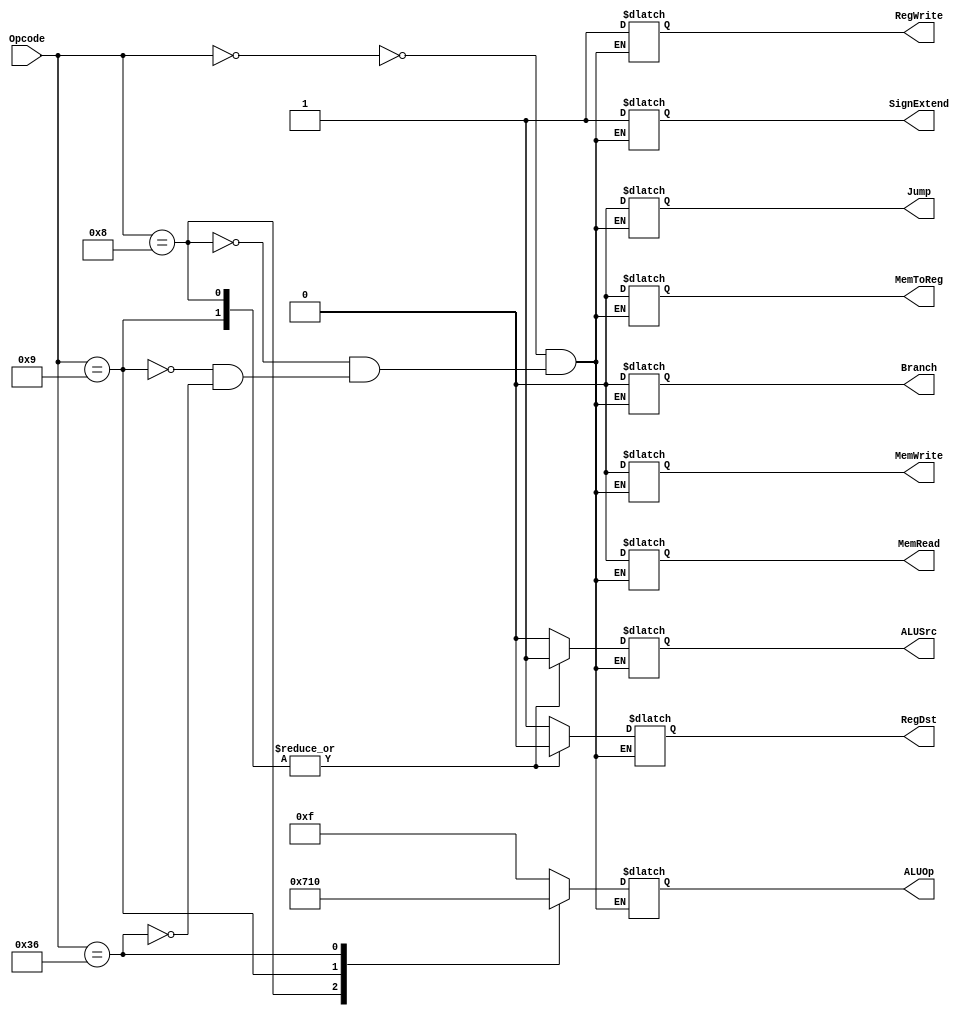
//Alan Achtenberg
//Project 2
//Processor Control Unit

`define OPCODE_ADD     6'b000000
`define OPCODE_SUB     6'b000000
`define OPCODE_ADDU    6'b000000
`define OPCODE_SUBU    6'b000000
`define OPCODE_AND     6'b000000
`define OPCODE_OR      6'b000000
`define OPCODE_SLL     6'b000000
`define OPCODE_SRA     6'b000000
`define OPCODE_SRL     6'b000000
`define OPCODE_SLT     6'b000000
`define OPCODE_SLTU    6'b000000
`define OPCODE_XOR     6'b000000
`define OPCODE_JR      6'b000000
//I-Type (All opcodes except 000000, 00001x, and 0100xx)
`define OPCODE_ADDI    6'b001000
`define OPCODE_ADDIU   6'b001001
`define OPCODE_ANDI    6'b001100
`define OPCODE_BEQ     6'b000100
`define OPCODE_BNE     6'b000101
`define OPCODE_BLEZ    6'b000110
`define OPCODE_BLTZ    6'b000001
`define OPCODE_ORI     6'b001101
`define OPCODE_XORI    6'b001110
`define OPCODE_NOP     6'b110110
`define OPCODE_LUI     6'b001111
`define OPCODE_SLTI    6'b001010
`define OPCODE_SLTIU   6'b001011
`define OPCODE_LB      6'b100000
`define OPCODE_LW      6'b100011
`define OPCODE_SB      6'b101000
`define OPCODE_SW      6'b101011
// J-Type (Opcode 00001x)
`define OPCODE_J       6'b000010
`define OPCODE_JAL     6'b000011

`define ADD  4'b0111 // 2's compl add
`define ADDU 4'b0001 // unsigned add
`define SUB  4'b0010 // 2's compl subtract
`define SUBU 4'b0011 // unsigned subtract
`define AND  4'b0100 // bitwise AND
`define OR   4'b0101 // bitwise OR
`define XOR  4'b0110 // bitwise XOR
`define SLT  4'b1010 // set result=1 if less than 2's compl
`define SLTU 4'b1011 // set result=1 if less than unsigned
`define NOP  4'b0000 // do nothing


module Control_Unit(RegDst, ALUSrc, MemToReg, RegWrite, MemRead, MemWrite, Branch, Jump, SignExtend, ALUOp, Opcode);
   input [5:0] Opcode;
   output RegDst;
   output ALUSrc;
   output MemToReg;
   output RegWrite;
   output MemRead;
   output MemWrite;
   output Branch;
   output Jump;
   output SignExtend;
   output [3:0] ALUOp;
	 
	reg	RegDst, ALUSrc, MemToReg, RegWrite, MemRead, MemWrite, Branch, Jump, SignExtend;
	reg  [3:0] ALUOp;
	always @ (Opcode) begin
		case(Opcode)
			6'b000000: begin
				RegDst <=  1;
				ALUSrc <= 0;
				MemToReg <= 0;
				RegWrite <= 1;
				MemRead <= 0;
				MemWrite <= 0;
				Branch <= 0;
				Jump <= 0;
				SignExtend <= 1'bX;
				ALUOp <= 4'b1111;
			end

			`OPCODE_ADDI: begin
				RegDst <= 0;
				ALUSrc <= 1;
				MemToReg <= 0;
				RegWrite <= 1;
				MemRead <= 0;
				MemWrite <= 0;
				Branch <= 0;
				Jump <= 0;
				SignExtend <= 1;
				ALUOp <= `ADD;
			end
			`OPCODE_ADDIU: begin
				RegDst <= 0;
				ALUSrc <= 1;
				MemToReg <= 0;
				RegWrite <= 1;
				MemRead <= 0;
				MemWrite <= 0;
				Branch <= 0;
				Jump <= 0;
				SignExtend <= 1;
				ALUOp <= `ADDU;
			end
			`OPCODE_NOP: begin
				RegDst <= 1'bX;
				ALUSrc <= 1'bX;
				MemToReg <= 1'bX;
				RegWrite <= 1'bX;
				MemRead <= 1'bX;
				MemWrite <= 1'bX;
				Branch <= 1'bX;
				Jump <= 1'bX;
				SignExtend <= 1'bX;
				ALUOp <= `NOP;
			end
				
		
		endcase
	end
endmodule